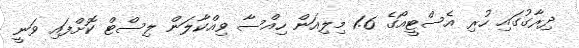
ދިރާގުގައި ހުރި އެސްޓީއޯގެ 1.6 މިލިއަން ހިއްސާ ވިއްކާލަން ލިސްޓް ކޮށްފައި ވަނީ